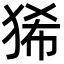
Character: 狶